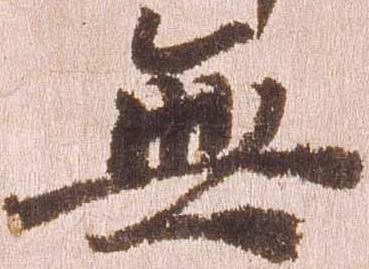
無